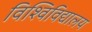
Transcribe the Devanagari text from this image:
विश्विविद्यालय